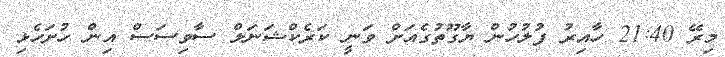
މިރޭ 21:40 ހާއިރު ފުލުހުން ޔާގޫތުގެއަށް ވަނީ ކަރެކްޝަނަލް ސާވިސަސް އިން ހުށަހެޅި